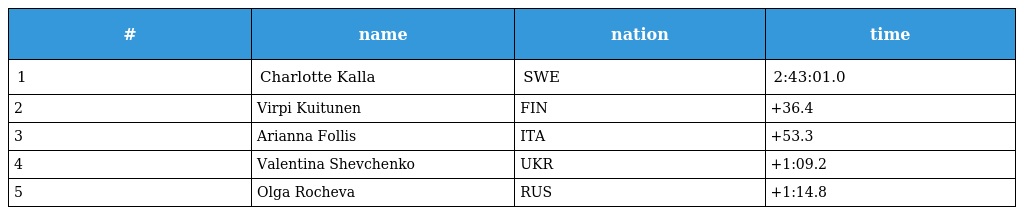
| # | name | nation | time |
 | --- | --- | --- | --- |
 | 1 | Charlotte Kalla | SWE | 2:43:01.0 |
 | 2 | Virpi Kuitunen | FIN | +36.4 |
 | 3 | Arianna Follis | ITA | +53.3 |
 | 4 | Valentina Shevchenko | UKR | +1:09.2 |
 | 5 | Olga Rocheva | RUS | +1:14.8 |